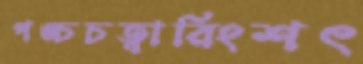
পঙ্চচত্বারিংশৎ